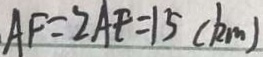
A F = 2 A E = 1 5 ( k m )